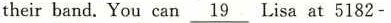
their band.You can \underline{19} Lisa at 5182-